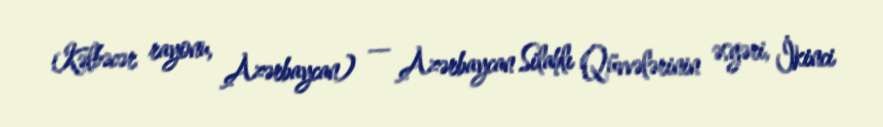
Kəlbəcər rayonu, Azərbaycan) — Azərbaycan Silahlı Qüvvələrinin əsgəri, İkinci